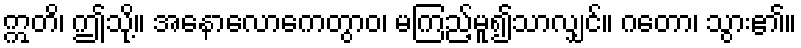
ဣတိ၊ ဤသို့။ အနောလောကေတွာဝ၊ မကြည့်မူ၍သာလျှင်။ ဂတော၊ သွား၏။